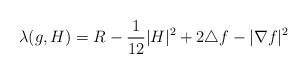
LaTeX: \begin{align*} \lambda(g,H)=R-\frac{1}{12}|H|^2+2\triangle f-|\nabla f|^2 \end{align*}